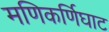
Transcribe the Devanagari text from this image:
मणिकर्णिघाट